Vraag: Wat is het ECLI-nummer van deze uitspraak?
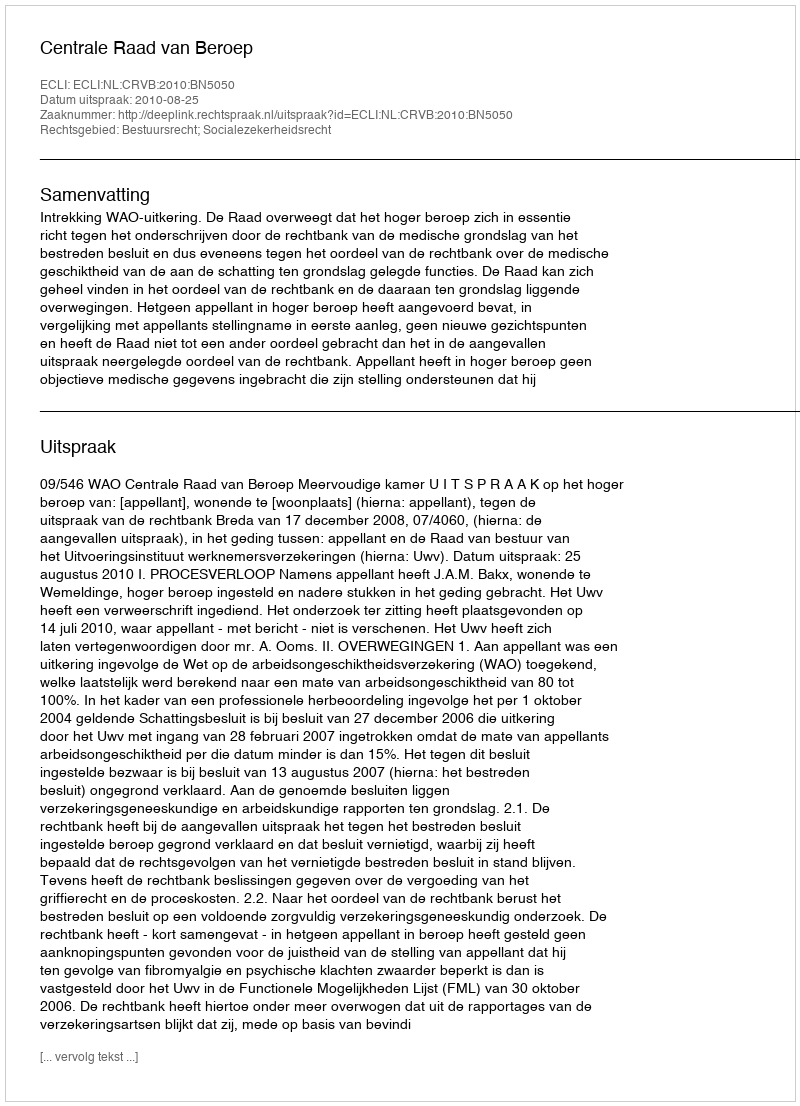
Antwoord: ECLI:NL:CRVB:2010:BN5050